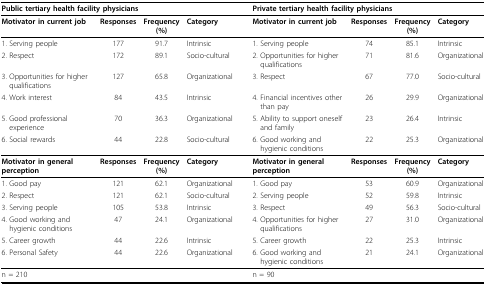
<table><thead><tr><td colspan="4"><b>Public tertiary health facility physicians</b></td><td colspan="4"><b>Private tertiary health facility physicians</b></td></tr></thead><tbody><tr><td><b>Motivator in current job</b></td><td><b>Responses</b></td><td><b>Frequency (%)</b></td><td><b>Category</b></td><td><b>Motivator in current job</b></td><td><b>Responses</b></td><td><b>Frequency (%)</b></td><td><b>Category</b></td></tr><tr><td>1. Serving people</td><td>177</td><td>91.7</td><td>Intrinsic</td><td>1. Serving people</td><td>74</td><td>85.1</td><td>Intrinsic</td></tr><tr><td>2. Respect</td><td>172</td><td>89.1</td><td>Socio-cultural</td><td>2. Opportunities for higher qualifications</td><td>71</td><td>81.6</td><td>Organizational</td></tr><tr><td>3. Opportunities for higher qualifications</td><td>127</td><td>65.8</td><td>Organizational</td><td>3. Respect</td><td>67</td><td>77.0</td><td>Socio-cultural</td></tr><tr><td>4. Work interest</td><td>84</td><td>43.5</td><td>Intrinsic</td><td>4. Financial incentives other than pay</td><td>26</td><td>29.9</td><td>Organizational</td></tr><tr><td>5. Good professional experience</td><td>70</td><td>36.3</td><td>Organizational</td><td>5. Ability to support oneself and family</td><td>23</td><td>26.4</td><td>Intrinsic</td></tr><tr><td>6. Social rewards</td><td>44</td><td>22.8</td><td>Socio-cultural</td><td>6. Good working and hygienic conditions</td><td>22</td><td>25.3</td><td>Organizational</td></tr><tr><td><b>Motivator in general perception</b></td><td><b>Responses</b></td><td><b>Frequency (%)</b></td><td><b>Category</b></td><td><b>Motivator in general perception</b></td><td><b>Responses</b></td><td><b>Frequency (%)</b></td><td><b>Category</b></td></tr><tr><td>1. Good pay</td><td>121</td><td>62.1</td><td>Organizational</td><td>1. Good pay</td><td>53</td><td>60.9</td><td>Organizational</td></tr><tr><td>2. Respect</td><td>121</td><td>62.1</td><td>Socio-cultural</td><td>2. Serving people</td><td>52</td><td>59.8</td><td>Intrinsic</td></tr><tr><td>3. Serving people</td><td>105</td><td>53.8</td><td>Intrinsic</td><td>3. Respect</td><td>49</td><td>56.3</td><td>Socio-cultural</td></tr><tr><td>4. Good working and hygienic conditions</td><td>47</td><td>24.1</td><td>Organizational</td><td>4. Opportunities for higher qualifications</td><td>27</td><td>31.0</td><td>Organizational</td></tr><tr><td>5. Career growth</td><td>44</td><td>22.6</td><td>Intrinsic</td><td>5. Career growth</td><td>22</td><td>25.3</td><td>Intrinsic</td></tr><tr><td>6. Personal Safety</td><td>44</td><td>22.6</td><td>Organizational</td><td>6. Good working and hygienic conditions</td><td>21</td><td>24.1</td><td>Organizational</td></tr><tr><td>n = 210</td><td></td><td></td><td></td><td>n = 90</td><td></td><td></td><td></td></tr></tbody></table>